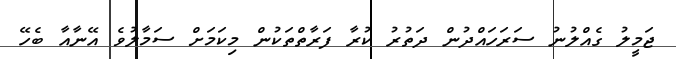
ޖަމީލު ގެއްލުނު ސަރަހައްދުން ދަތުރު ކުރާ ފަރާތްތަކުން މިކަމަށް ސަމާލުވެ އޭނާއާ ބެހޭ